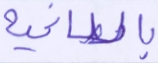
بالطاغية